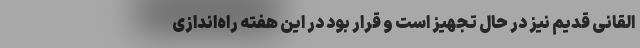
القانی قدیم نیز در حال تجهیز است و قرار بود در این هفته راه‌اندازی